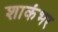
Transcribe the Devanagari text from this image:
शाकंभर